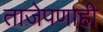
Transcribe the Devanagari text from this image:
ताजेपणाही